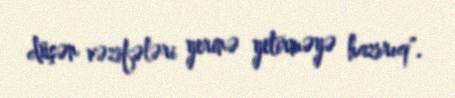
düşən vəzifələri yerinə yetirməyə hazırıq".